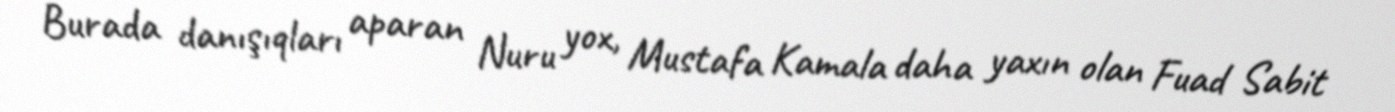
Burada danışıqları aparan Nuru yox, Mustafa Kamala daha yaxın olan Fuad Sabit